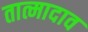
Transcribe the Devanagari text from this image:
तात्मादाव